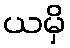
ယမှိ